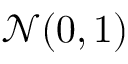
\mathcal { N } ( 0 , 1 )